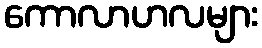
ကောလာဟလများ